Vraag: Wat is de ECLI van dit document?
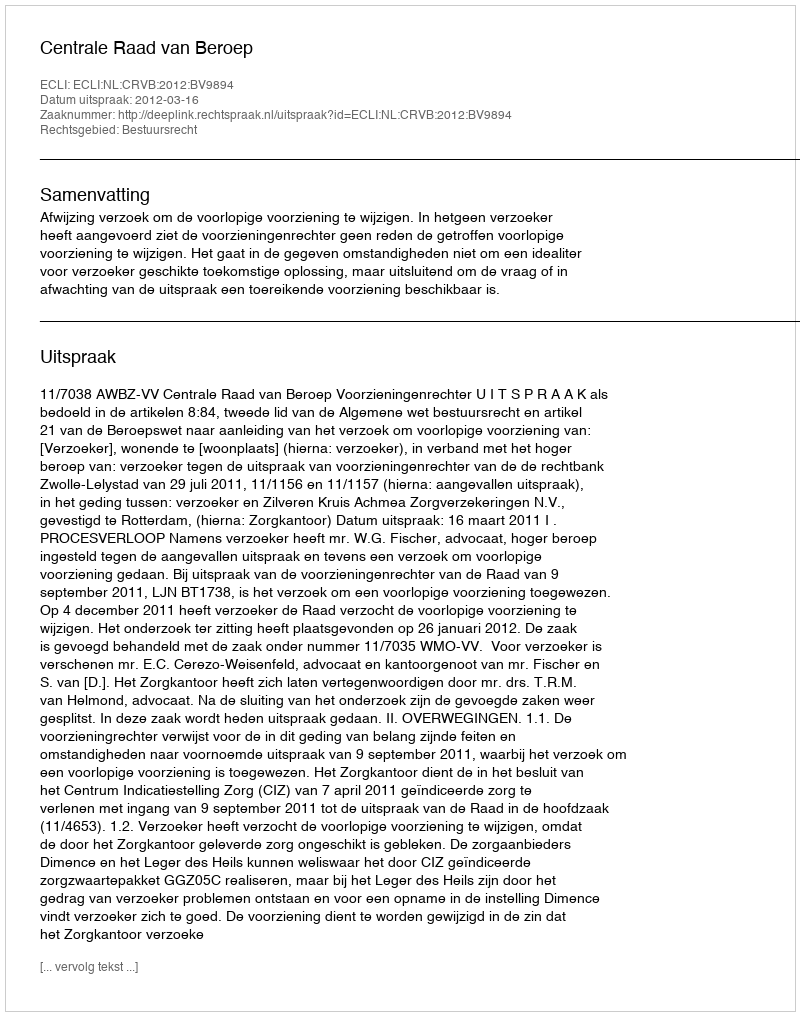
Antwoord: ECLI:NL:CRVB:2012:BV9894